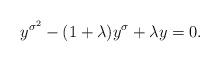
LaTeX: \begin{align*} y^{\sigma^2}-(1+\lambda)y^{\sigma}+\lambda y=0. \end{align*}